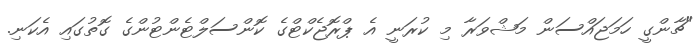
"ޗާންގީ ހަމަޖައްސަން މަޝްވަރާ މި ކުރަނީ އެ ޕްރޮޖެކްޓްގެ ކޮންސަލްޓެންޓުންގެ ގޮތުގައި އެކަނި.